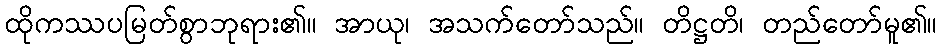
ထိုကဿပမြတ်စွာဘုရား၏။ အာယု၊ အသက်တော်သည်။ တိဋ္ဌတိ၊ တည်တော်မူ၏။